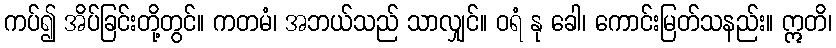
ကပ်၍ အိပ်ခြင်းတို့တွင်။ ကတမံ၊ အဘယ်သည် သာလျှင်။ ဝရံ နု ခေါ၊ ကောင်းမြတ်သနည်း။ ဣတိ၊